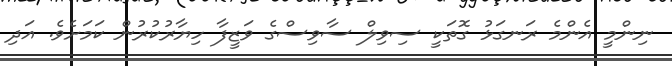
ނިންމީ އެންމެ ރަނގަޅު ގޮތަކީ ސިވިލް ސާވިސްގެ ވަޒީފާ ހިޔާރުކުރުން ކަމަށެވެ. އަދި